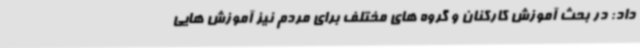
داد: در بحث آموزش کارکنان و گروه های مختلف برای مردم نیز آموزش هایی